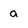
Character: a